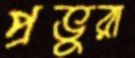
প্রভুরা